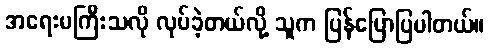
အရေးမကြီးသလို လုပ်ခဲ့တယ်လို့ သူက ပြန်ပြောပြပါတယ်။